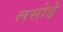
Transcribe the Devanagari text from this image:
लसोडे़